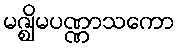
မဇ္ဈိမပဏ္ဏာသကော